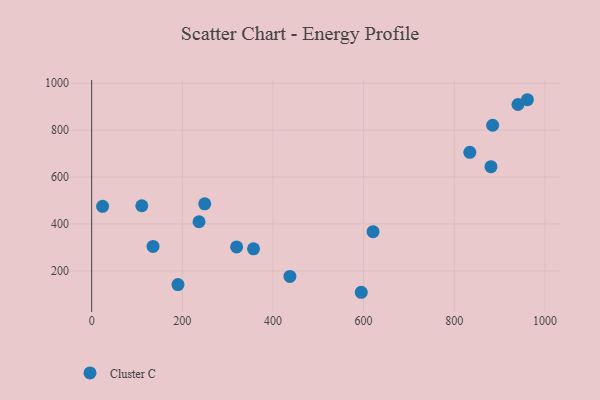
{"axis": {"x": "Experience", "y": "Sales"}, "legend": ["Cluster C"], "data": [{"x": "884.7", "y": 820.8, "type": "Cluster C"}, {"x": "437.4", "y": 176.5, "type": "Cluster C"}, {"x": "236.9", "y": 409.6, "type": "Cluster C"}, {"x": "357.1", "y": 294.2, "type": "Cluster C"}, {"x": "135.4", "y": 304.2, "type": "Cluster C"}, {"x": "319.8", "y": 302.2, "type": "Cluster C"}, {"x": "940.5", "y": 909.2, "type": "Cluster C"}, {"x": "190.4", "y": 141.7, "type": "Cluster C"}, {"x": "110.6", "y": 477.6, "type": "Cluster C"}, {"x": "24.2", "y": 475.1, "type": "Cluster C"}, {"x": "620.8", "y": 367.4, "type": "Cluster C"}, {"x": "834.3", "y": 705.2, "type": "Cluster C"}, {"x": "594.8", "y": 109.0, "type": "Cluster C"}, {"x": "249.5", "y": 485.9, "type": "Cluster C"}, {"x": "961.3", "y": 929.5, "type": "Cluster C"}, {"x": "881.0", "y": 644.3, "type": "Cluster C"}]}